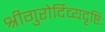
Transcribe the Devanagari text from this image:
श्रीगुरोर्दिव्यदृष्टिः